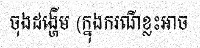
ចុងដង្ហើម (ក្នុងករណីខ្លះអាច